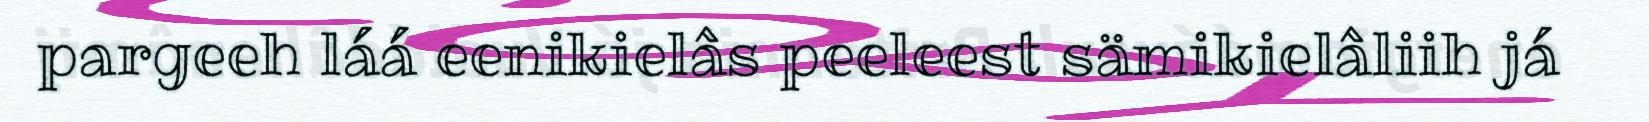
pargeeh láá eenikielâs peeleest sämikielâliih já